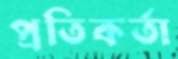
প্রতিকর্তা